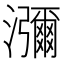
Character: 瀰